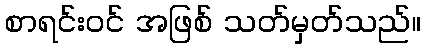
စာရင်းဝင် အဖြစ် သတ်မှတ်သည်။